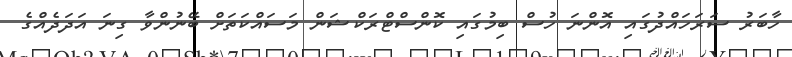
ހާބަރު ސަރަހައްދުގައި އޮންނަ ހުސް ބިމުގައި ކޮންސްޓްރަކްޝަން މަސައްކަތަށް ބޭނުންވާ ގިނަ އަދަދެއްގެ